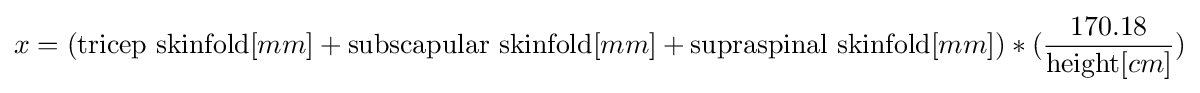
x=({\text{tricep skinfold}}[mm]+{\text{subscapular skinfold}}[mm]+{\text{supraspinal skinfold}}[mm])*({\frac {170.18}{{\text{height}}[cm]}})